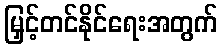
မြှင့်တင်နိုင်ရေးအတွက်